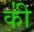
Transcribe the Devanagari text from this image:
की॑